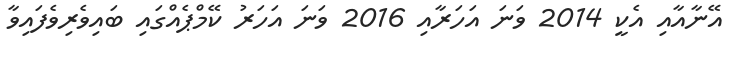
އޭނާއާއި އެކީ 2014 ވަނަ އަހަރާއި 2016 ވަނަ އަހަރު ކޭމްޕެއްގައި ބައިވެރިވެފައިވާ